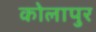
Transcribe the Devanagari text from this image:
कोलापुर